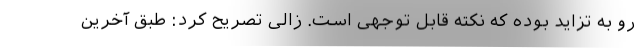
رو به تزاید بوده که نکته قابل توجهی است. زالی تصریح کرد: طبق آخرین